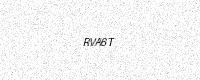
Text: RVA6T